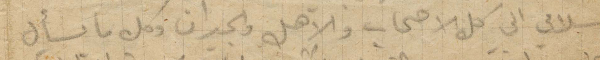
سلامي الى كل الاصحاب والاهل والجيران وكل ما يسأل